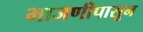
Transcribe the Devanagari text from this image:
भाजणीपासून